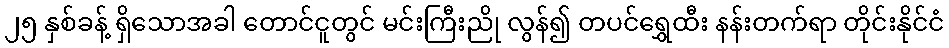
၂၅ နှစ်ခန့် ရှိသောအခါ တောင်ငူတွင် မင်းကြီးညို လွန်၍ တပင်ရွှေထီး နန်းတက်ရာ တိုင်းနိုင်ငံ